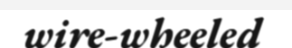
wire-wheeled